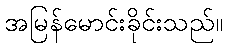
အမြန်မောင်းခိုင်းသည်။